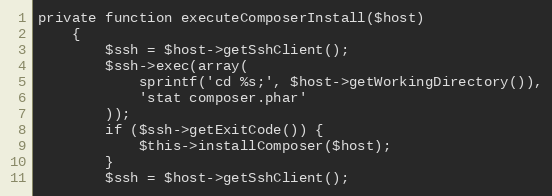
Language: PHP
private function executeComposerInstall($host)
    {
        $ssh = $host->getSshClient();
        $ssh->exec(array(
            sprintf('cd %s;', $host->getWorkingDirectory()),
            'stat composer.phar'
        ));
        if ($ssh->getExitCode()) {
            $this->installComposer($host);
        }
        $ssh = $host->getSshClient();